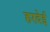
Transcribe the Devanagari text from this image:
हरदेई